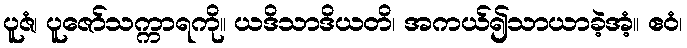
ပူဇံ၊ ပူဇော်သက္ကာရကို။ ယဒိသာဒိယတိ၊ အကယ်၍သာယာခဲ့အံ့။ ဧဝံ၊